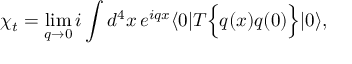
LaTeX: \chi _ { t } = \operatorname * { l i m } _ { q \rightarrow 0 } i \int d ^ { 4 } x \, e ^ { i q x } \langle { 0 } | T \Bigl \{ { q ( x ) q ( 0 ) } \Bigr \} | { 0 } \rangle ,